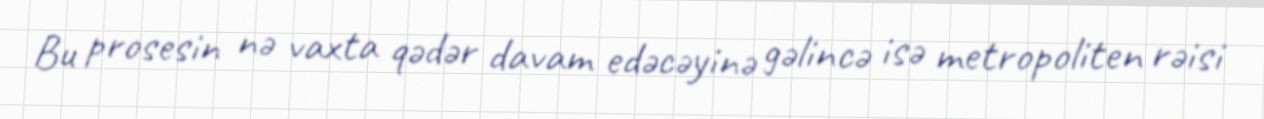
Bu prosesin nə vaxta qədər davam edəcəyinə gəlincə isə metropoliten rəisi